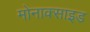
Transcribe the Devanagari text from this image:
मोनाक्साइड